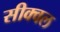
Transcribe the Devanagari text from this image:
सीक्‍वल